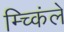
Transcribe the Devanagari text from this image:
म्च्किंले